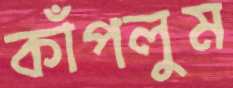
কাঁপলুম